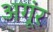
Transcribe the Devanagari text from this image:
अगूंर